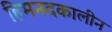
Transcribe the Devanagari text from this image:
हिमनदकालीन